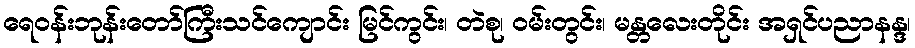
ရေဝန်းဘုန်းတော်ကြီးသင်ကျောင်း မြင်ကွင်း၊ တဲစု၊ ဝမ်းတွင်း၊ မန္တလေးတိုင်း အရှင်ပညာနန္ဒ၊